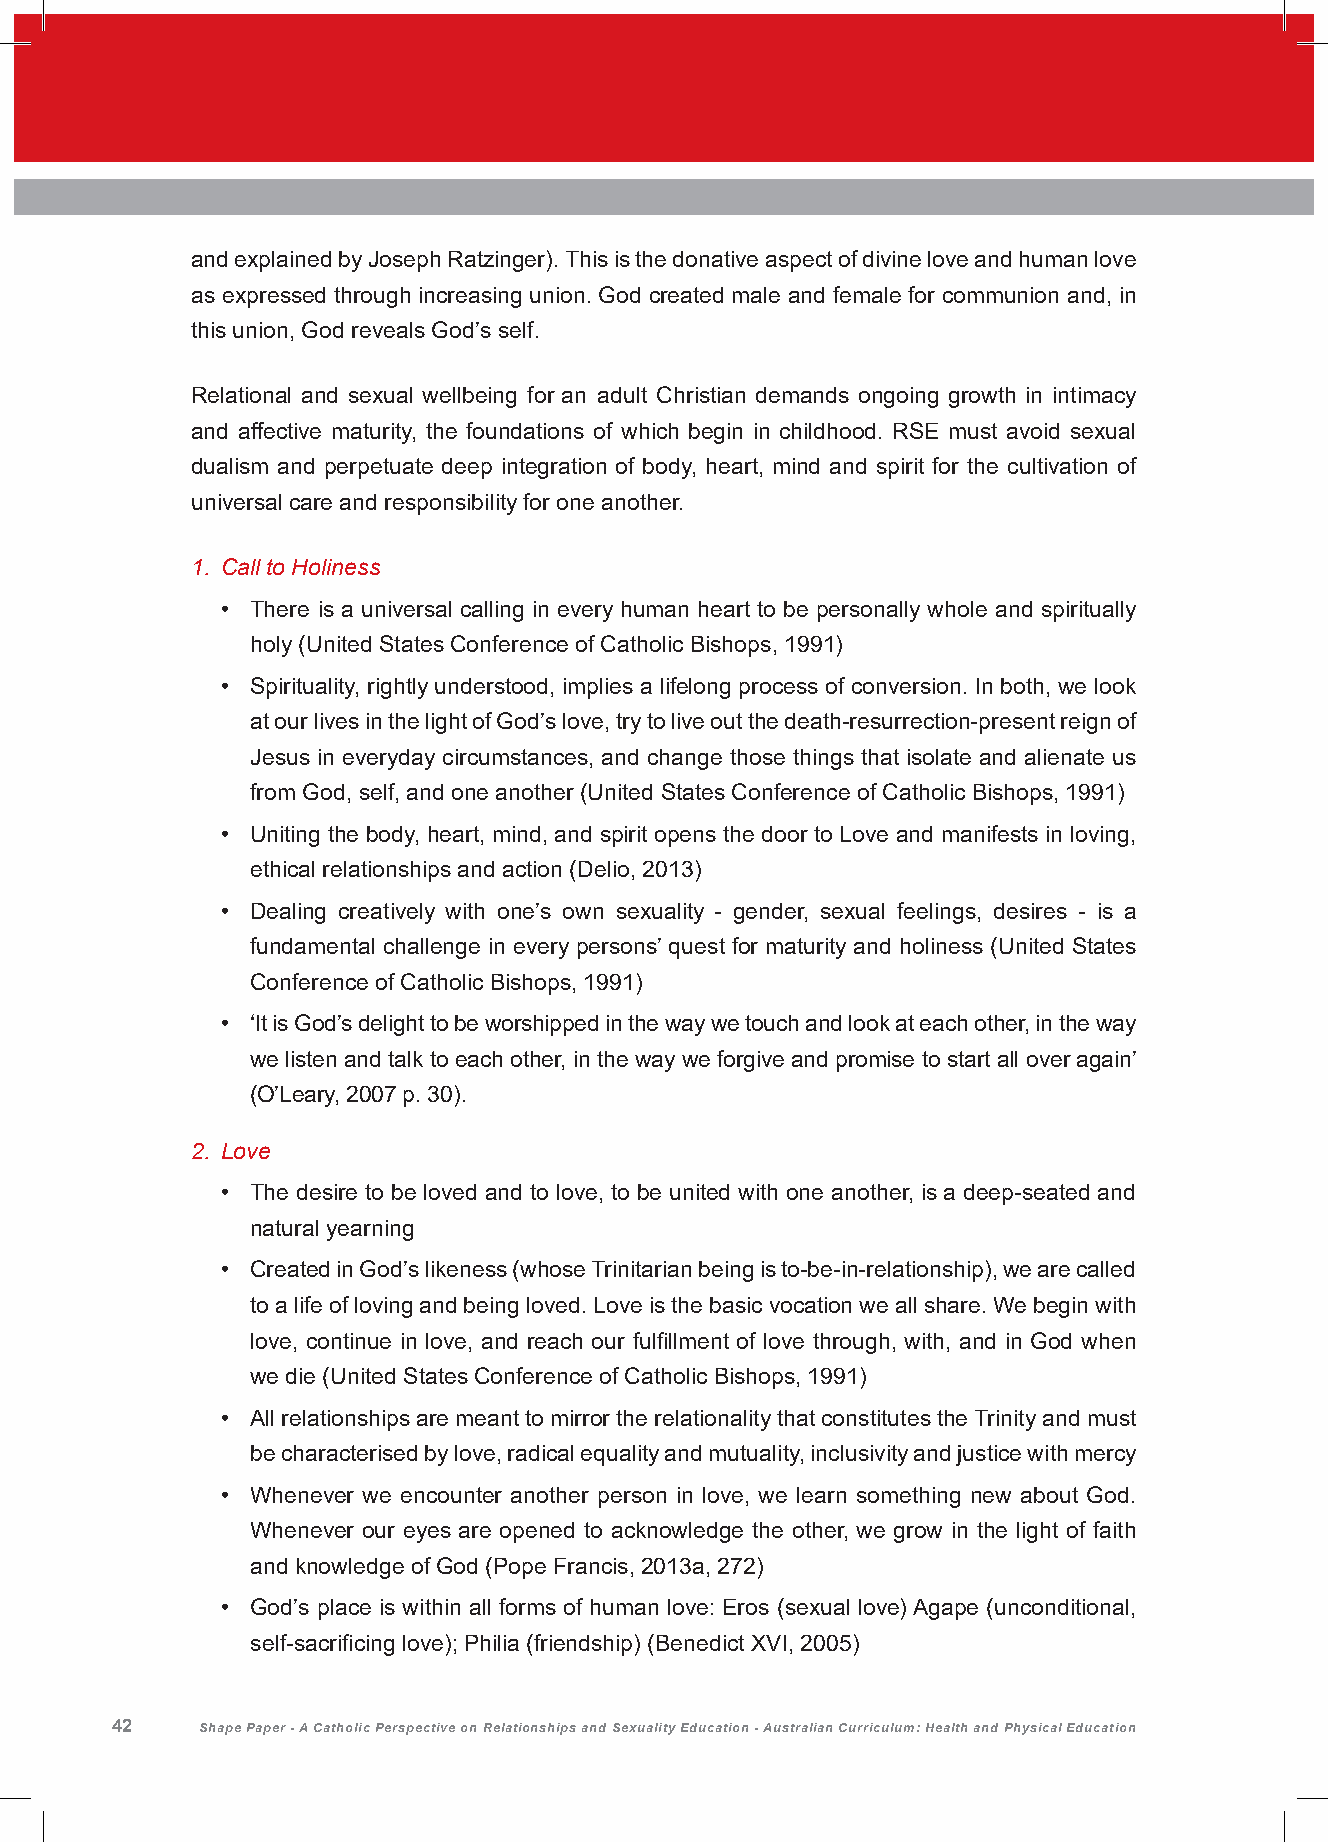
and explained by Joseph Ratzinger). This is the donative aspect of divine love and human love
 as expressed through increasing union. God created male and female for communion and, in
 this union, God reveals God’s self.
 Relational and sexual wellbeing for an adult Christian demands ongoing growth in intimacy
 and affective maturity, the foundations of which begin in childhood. RSE must avoid sexual
 dualism and perpetuate deep integration of body, heart, mind and spirit for the cultivation of
 universal care and responsibility for one another.
 1. Call to Holiness
 • There is a universal calling in every human heart to be personally whole and spiritually
 holy (United States Conference of Catholic Bishops, 1991)
 • Spirituality, rightly understood, implies a lifelong process of conversion. In both, we look
 at our lives in the light of God’s love, try to live out the death-resurrection-present reign of
 Jesus in everyday circumstances, and change those things that isolate and alienate us
 from God, self, and one another (United States Conference of Catholic Bishops, 1991)
 • Uniting the body, heart, mind, and spirit opens the door to Love and manifests in loving,
 ethical relationships and action (Delio, 2013)
 • Dealing creatively with one’s own sexuality - gender, sexual feelings, desires - is a
 fundamental challenge in every persons’ quest for maturity and holiness (United States
 Conference of Catholic Bishops, 1991)
 • ‘It is God’s delight to be worshipped in the way we touch and look at each other, in the way
 we listen and talk to each other, in the way we forgive and promise to start all over again’
 (O’Leary, 2007 p. 30).
 2. Love
 • The desire to be loved and to love, to be united with one another, is a deep-seated and
 natural yearning
 • Created in God’s likeness (whose Trinitarian being is to-be-in-relationship), we are called
 to a life of loving and being loved. Love is the basic vocation we all share. We begin with
 love, continue in love, and reach our fulfillment of love through, with, and in God when
 we die (United States Conference of Catholic Bishops, 1991)
 • All relationships are meant to mirror the relationality that constitutes the Trinity and must
 be characterised by love, radical equality and mutuality, inclusivity and justice with mercy
 • Whenever we encounter another person in love, we learn something new about God.
 Whenever our eyes are opened to acknowledge the other, we grow in the light of faith
 and knowledge of God (Pope Francis, 2013a, 272)
 • God’s place is within all forms of human love: Eros (sexual love) Agape (unconditional,
 self-sacrificing love); Philia (friendship) (Benedict XVI, 2005)
 42    Shape Paper - A Catholic Perspective on Relationships and Sexuality Education - Australian Curriculum: Health and Physical Education